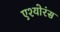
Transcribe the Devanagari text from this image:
एश्योरंस